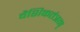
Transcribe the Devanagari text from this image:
वैशिकतंत्रम्